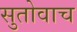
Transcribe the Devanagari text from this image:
सुतोवाच